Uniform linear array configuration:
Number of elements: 24
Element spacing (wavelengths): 0.75
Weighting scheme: uniform
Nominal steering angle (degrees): -15
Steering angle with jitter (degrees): -15.201
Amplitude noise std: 0.05
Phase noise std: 0.05

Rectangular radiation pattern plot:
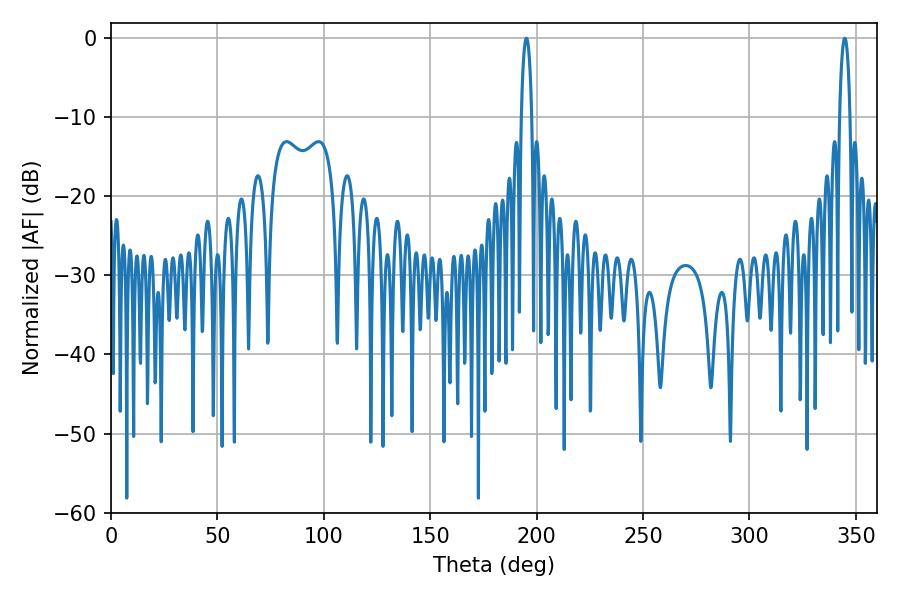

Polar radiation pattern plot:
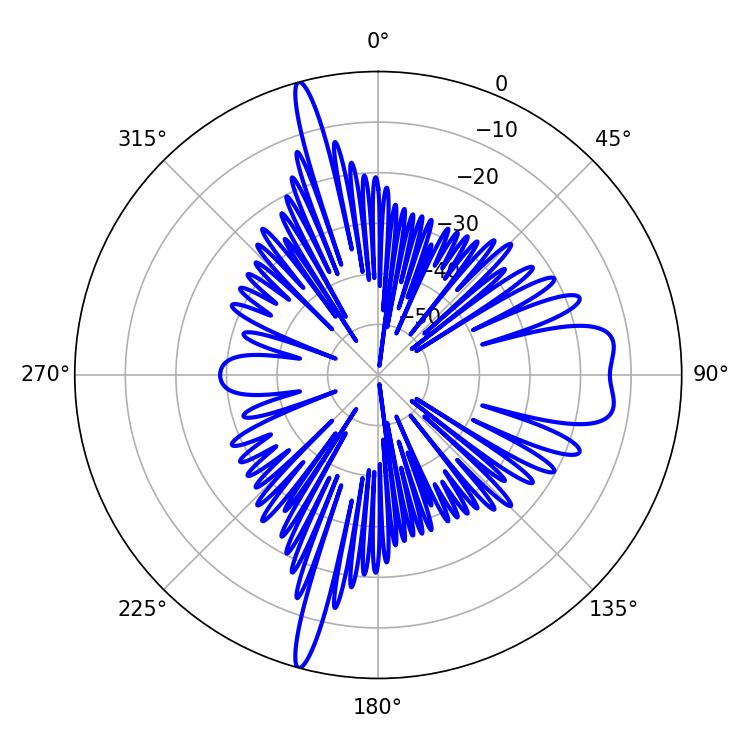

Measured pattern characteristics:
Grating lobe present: TRUE
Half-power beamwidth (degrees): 2.7
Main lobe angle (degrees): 195.12